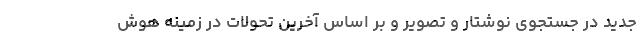
جدید در جستجوی نوشتار و تصویر و بر اساس آخرین تحولات در زمینه هوش